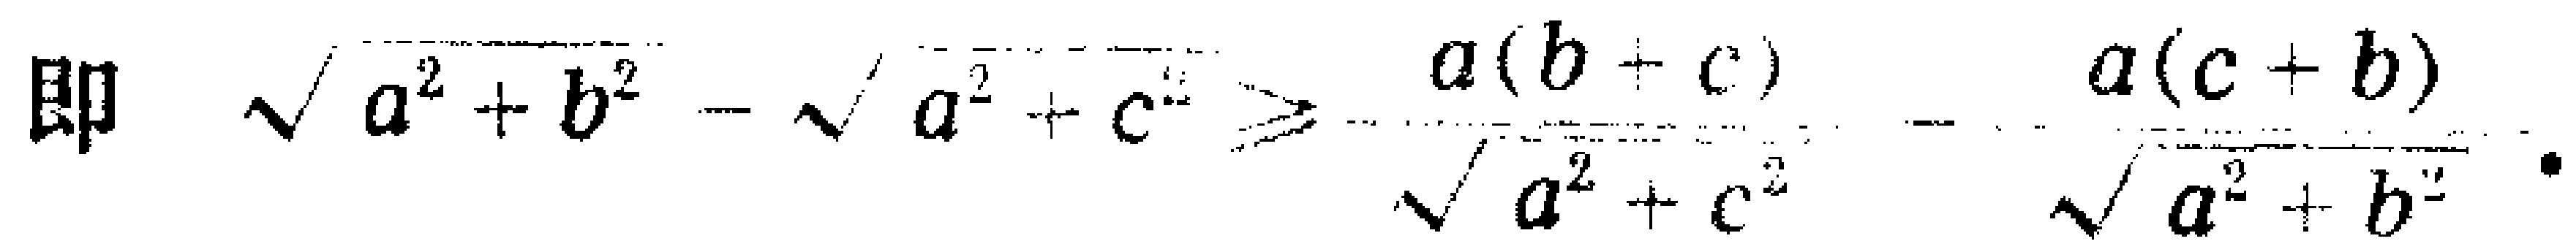
即 \(\sqrt{a^{2}+b^{2}}-\sqrt{a^{2}+c^{2}}\geqslant\frac{a(b + c)}{\sqrt{a^{2}+c^{2}}}-\frac{a(c + b)}{\sqrt{a^{2}+b^{2}}}\) .